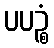
ပပဉ္စံ